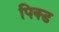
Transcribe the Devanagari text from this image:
पिक्ड